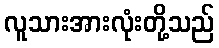
လူသားအားလုံးတို့သည်